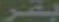
بقر